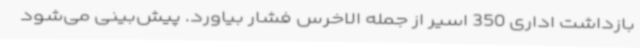
بازداشت اداری 350 اسیر از جمله الاخرس فشار بیاورد. پیش‌بینی می‌شود